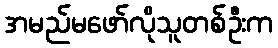
အမည်မဖော်လိုသူတစ်ဦးက